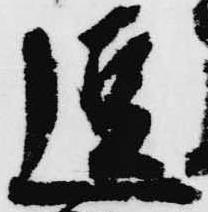
逗